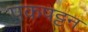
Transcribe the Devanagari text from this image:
पकपट्टन